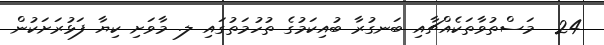
24  މަސްތުވާތަކެއްޗާއި ބަނގުރާ ބުއިކަމުގެ ތުހުމަތުގައި ލ. މާވަށި ކިޔާ ފަޅުރަށަކުން